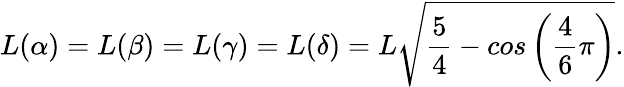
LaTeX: L(\alpha)=L(\beta)=L(\gamma)=L(\delta)=L\sqrt{\frac{5}{4}-cos\left(\frac{4}{6}\pi\right)}.